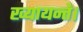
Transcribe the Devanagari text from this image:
ख्यायन्ते।